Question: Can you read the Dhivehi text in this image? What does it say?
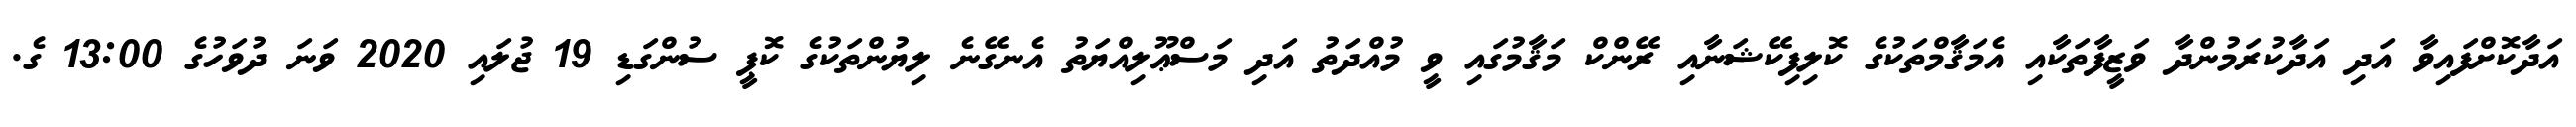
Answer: އަދާކޮށްފައިވާ އަދި އަދާކުރަމުންދާ ވަޒީފާތަކާއި އެމަޤާމްތަކުގެ ކޮލިފިކޭޝަނާއި ރޭންކް މަޤާމުގައި ވީ މުއްދަތު އަދި މަސްޢޫލިއްޔަތު އެނގޭނެ ލިޔުންތަކުގެ ކޮޕީ ސުންގަޑި 19 ޖުލައި 2020 ވަނަ ދުވަހުގެ 13:00 ގެ.